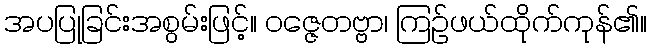
အပပြုခြင်းအစွမ်းဖြင့်။ ဝဇ္ဇေတဗ္ဗာ၊ ကြဉ်ဖယ်ထိုက်ကုန်၏။